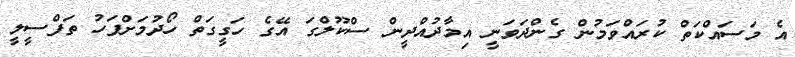
އެ މަސައްކަތް ކުރައްވަމުން ގެންދަވަނީ އިމާދުއްދީން ސްކޫލްގަ އޭގެ ހަގީގަތް ހޯދުމަށްފަހު ތަފްސީލީ